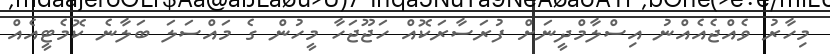
މިހާރު ވެއްޖެއެއްނު އިސްލާމްދީނަށް ފުރަސާރަކޮއް ހަޖޫޖަހާ މީހުން ގެ މައްސަލަ ބަލާނެ ކޮމެޓީއެއް